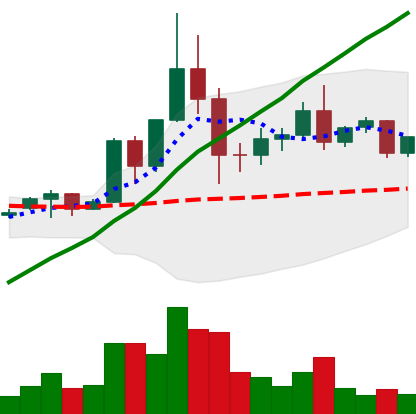
Ticker: TRX-USD
Chart end date: 2020-12-05
Forward return: -7.935%
Label: down_7plus